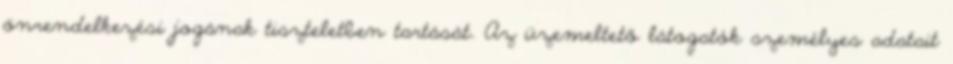
önrendelkezési jogának tiszteletben tartását. Az üzemeltető látogatók személyes adatait